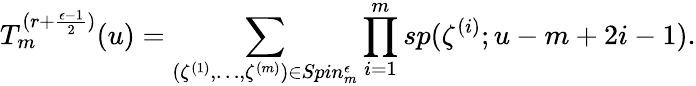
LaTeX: T_{m}^{(r+{\frac{\epsilon-1}{2}})}(u)=\sum_{(\zeta^{(1)},\ldots,\zeta^{(m)})\in Spin_{m}^{\epsilon}}\prod_{i=1}^{m}sp(\zeta^{(i)};u-m+2i-1).